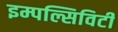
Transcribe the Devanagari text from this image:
इम्पल्सिविटी